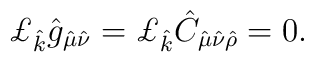
\pounds_{\hat{k}} \hat{g}_{\hat{\mu}\hat{\nu}}=\pounds_{\hat{k}} \hat{C}_{\hat{\mu}\hat{\nu}\hat{\rho}}=0.